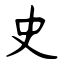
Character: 史